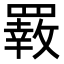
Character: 𦌙